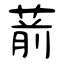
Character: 葥